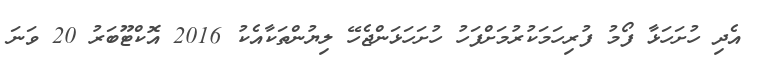
އެދި ހުށަހަޅާ ފޯމު ފުރިހަމަކުރުމަށްފަހު ހުށަހަޅަންޖެހޭ ލިޔުންތަކާއެކު 2016 އޮކްޓޫބަރު 20 ވަނަ